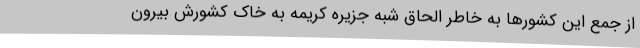
از جمع این کشورها به خاطر الحاق شبه جزیره کریمه به خاک کشورش بیرون